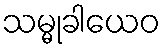
သမ္မုခါယေဝ